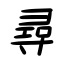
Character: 尋